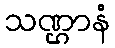
သဏ္ဌာနံ